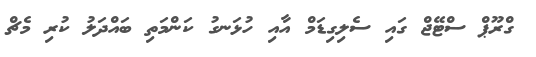
ގްރޫޕް ސްޓޭޖް ގައި ސެލިގިޑަމް އާއި ހުޅަނގު ކަންމަތި ބައްދަލު ކުރި މެޗް